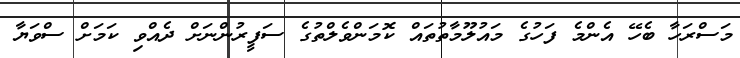
މަސްރަހާ ބެހޭ އެންމެ ފަހުގެ މައުލޫމާތުތައް ކޮމަންވެލްތުގެ ސަފީރުންނަށް ދެއްވި ކަމަށް ސްވަޔާ